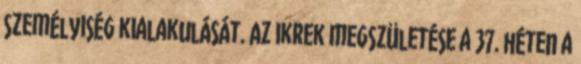
személyiség kialakulását. Az ikrek megszületése a 37. héten a